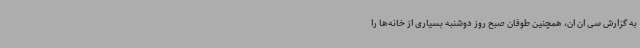
به گزارش سی ان ان، همچنین طوفان صبح روز دوشنبه بسیاری از خانه‌ها را